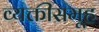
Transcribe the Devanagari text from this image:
व्यक्तीसमूह